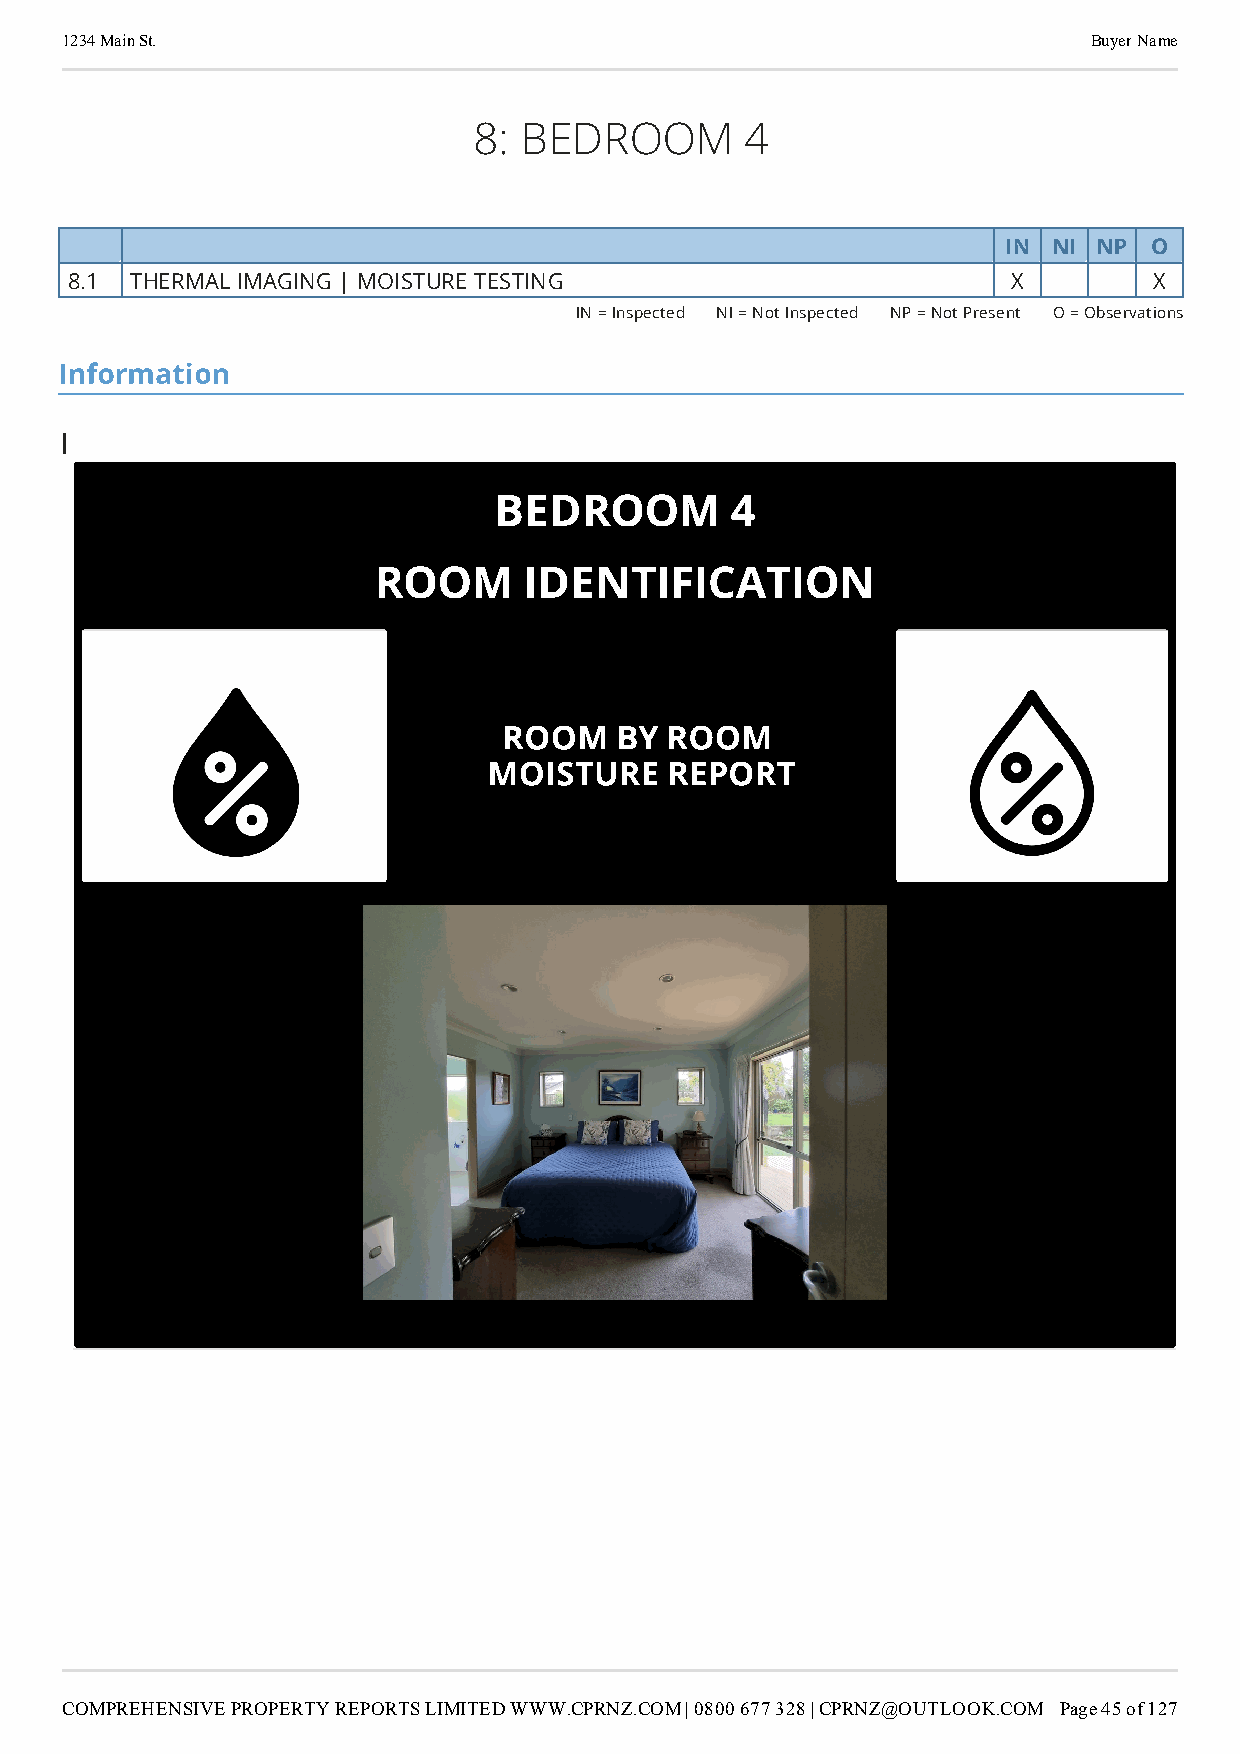
1234 Main St.                                                       Buyer Name
 8: BEDROOM        4
 section-YzgyMzA2NzgtZjJjMC00YzU2LTgxZmUtYmJjMWEyZThlOWRl
 IN  NI NP O
 8.1  THERMAL IMAGING | MOISTURE TESTING                        X        X
 IN = Inspected NI = Not Inspected NP = Not Present O = Observations
 Information
 |
 BEDROOM        4
 ROOM      IDENTIFICATION
 ROOM    BY ROOM
 MOISTURE    REPORT
 COMPREHENSIVE PROPERTY REPORTS LIMITED WWW.CPRNZ.COM | 0800 677 328 | CPRNZ@OUTLOOK.COM Page 45 of 127